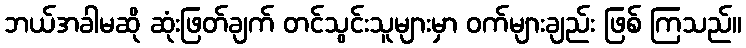
ဘယ်အခါမဆို ဆုံးဖြတ်ချက် တင်သွင်းသူများမှာ ဝက်များချည်း ဖြစ် ကြသည်။